Vaccination in Burma 1889-1999 - 1889-1999
Year: 1889
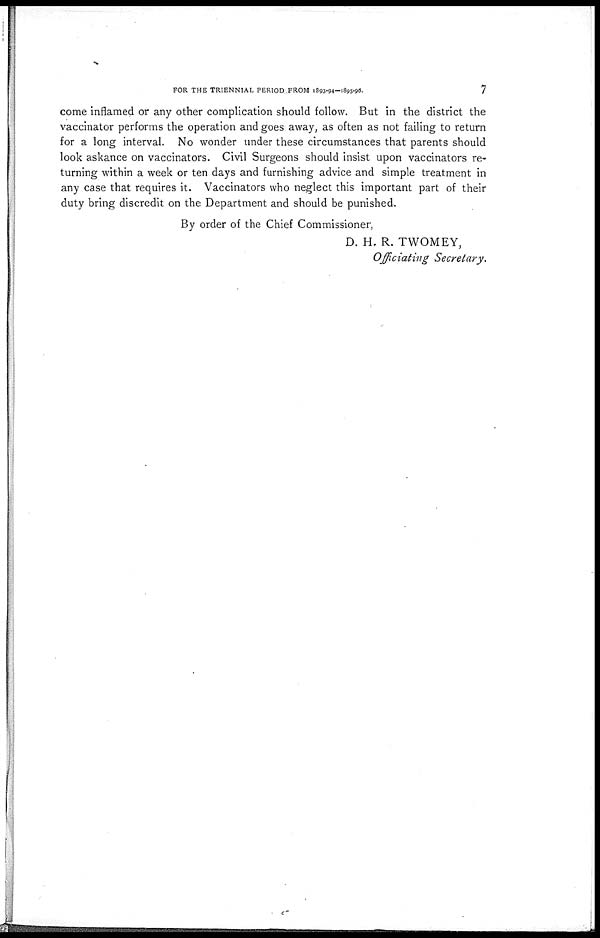
FOR THE TRIENNIAL PERIOD FROM 1893-94—1895-96.
7
come inflamed or any other complication should follow. But in the district the
vaccinator performs the operation and goes away, as often as not failing to return
for a long interval. No wonder under these circumstances that parents should
look askance on vaccinators. Civil Surgeons should insist upon vaccinators re-
turning within a week or ten days and furnishing advice and simple treatment in
any case that requires it. Vaccinators who neglect this important part of their
duty bring discredit on the Department and should be punished.
By order of the Chief Commissioner,
D. H. R. TWOMEY,
Officiating Secretary.